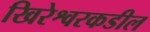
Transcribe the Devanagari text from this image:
खिरेश्वरकडील